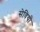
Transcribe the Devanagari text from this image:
सेवियो